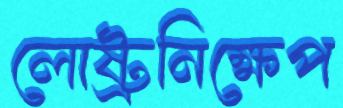
লোষ্ট্রনিক্ষেপ